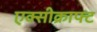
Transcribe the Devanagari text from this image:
एक्सीक्राफ्ट